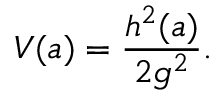
V ( a ) = \frac { h ^ { 2 } ( a ) } { 2 g ^ { 2 } } .